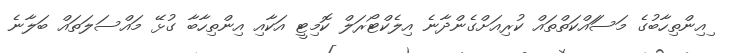
ިއިންތިހާބުގެ މަސަައްކަތްތައް ކުރިއަށްގެންދާނެ އިލެކްޓޯރަލް ކޮމިޓީ އަކާއި އިންތިހާބާ ގުޅޭ މައްސަލަތައް ބަލާނެ